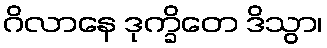
ဂိလာနေ ဒုက္ခိတေ ဒိသွာ၊